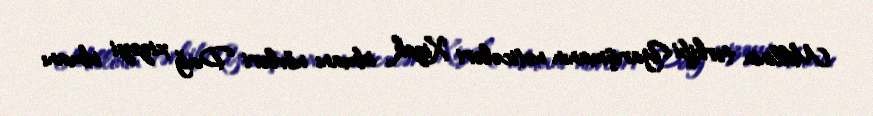
Millinin tərkibi Yarışmanın nəticələri Xizək idmanı növləri Dağ xizəyi idmanı